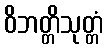
ဝိဘတ္တိသုတ္တံ